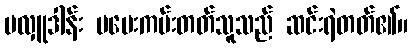
မလှူဒါန်း မပေးကမ်းတတ်သူသည် ဆင်းရဲတတ်၏။